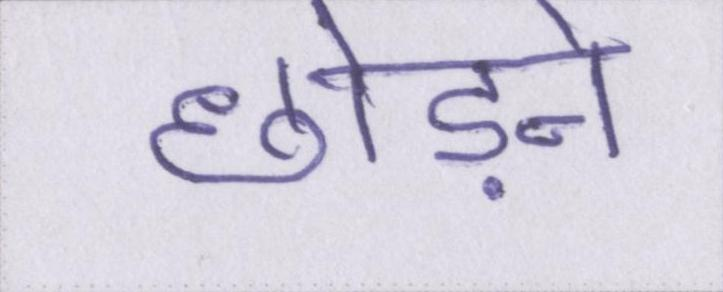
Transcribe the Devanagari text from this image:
छोड़ने